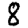
Digit: 8